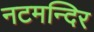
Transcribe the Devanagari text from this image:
नटमन्दिर